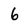
Character: 6